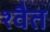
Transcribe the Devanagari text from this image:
श्वैत